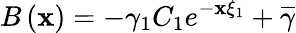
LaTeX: B\left(\mathbf{x}\right)=-\gamma_{1}C_{1}e^{-\mathbf{x}\xi_{1}}+\overline{{{{\gamma}}}}